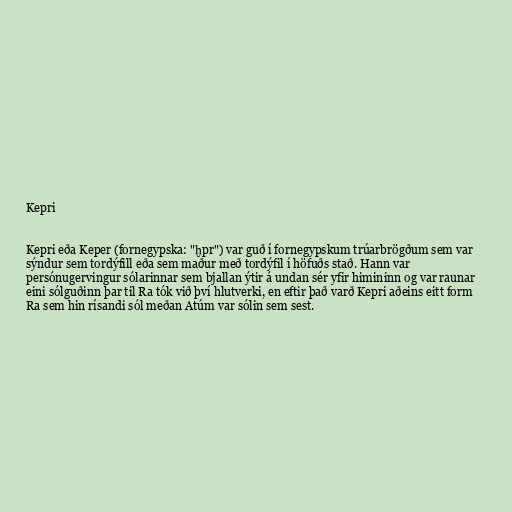
Kepri

Kepri eða Keper (fornegypska: "ḫpr") var guð í fornegypskum trúarbrögðum sem var
sýndur sem tordýfill eða sem maður með tordýfil í höfuðs stað. Hann var
persónugervingur sólarinnar sem bjallan ýtir á undan sér yfir himininn og var raunar
eini sólguðinn þar til Ra tók við því hlutverki, en eftir það varð Kepri aðeins eitt form
Ra sem hin rísandi sól meðan Atúm var sólin sem sest.